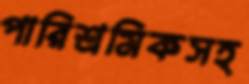
পারিশ্রমিকসহ